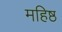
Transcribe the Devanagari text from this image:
महिष्ठ